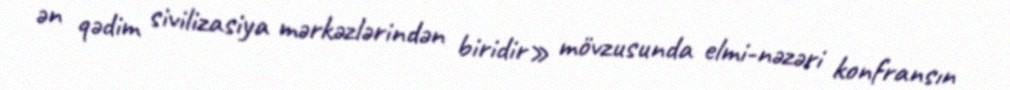
ən qədim sivilizasiya mərkəzlərindən biridir» mövzusunda elmi-nəzəri konfransın